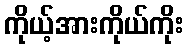
ကိုယ့်အားကိုယ်ကိုး